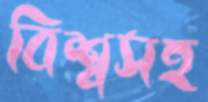
বিশ্বসহ